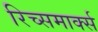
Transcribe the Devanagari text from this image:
रिच्समार्क्स